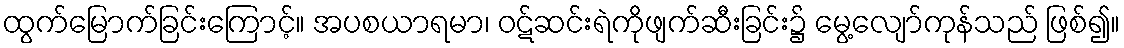
ထွက်မြောက်ခြင်းကြောင့်။ အပစယာရမာ၊ ဝဋ်ဆင်းရဲကိုဖျက်ဆီးခြင်း၌ မွေ့လျော်ကုန်သည် ဖြစ်၍။